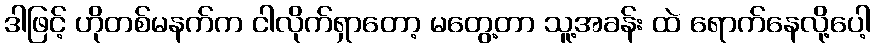
ဒါဖြင့် ဟိုတစ်မနက်က ငါလိုက်ရှာတော့ မတွေ့တာ သူ့အခန်း ထဲ ရောက်နေလို့ပေါ့